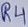
Text: R4